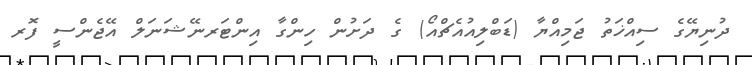
ދުނިޔޭގެ ސިއްޚަތު ޖަމިއްޔާ (ޑަބްލިއުއެޗްއޯ) ގެ ދަށުން ހިންގާ އިންޓަރނޭޝަނަލް އޭޖެންސީ ފޮރ